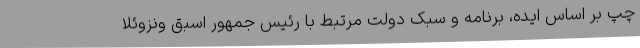
چپ بر اساس ایده، برنامه و سبک دولت مرتبط با رئیس جمهور اسبق ونزوئلا